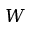
W